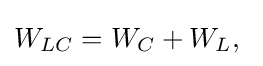
W_{LC}=W_{C}+W_{L},\